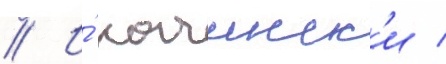
// И́ качинск'и /